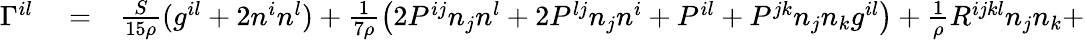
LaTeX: \begin{array}{rlr}{\Gamma^{il}}&{{}=}&{\frac{S}{15\rho}(g^{il}+2n^{i}n^{l})+\frac 1{7\rho}\left(2P^{ij}n_{j}n^{l}+2P^{lj}n_{j}n^{i}+P^{il}+P^{jk}n_{j}n_{k}g^{il}\right)+\frac 1\rho R^{ijkl}n_{j}n_{k}+}\end{array}